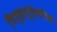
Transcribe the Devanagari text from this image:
पितृसत्तेवरील